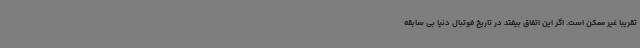
تقریبا غیر ممکن است. اگر این اتفاق بیفتد در تاریخ فوتبال دنیا بی سابقه